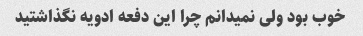
خوب بود ولی نمیدانم چرا این دفعه ادویه نگذاشتید